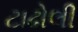
ટાઢોલી